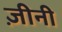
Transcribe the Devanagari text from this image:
ज़ीनी